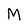
Character: M